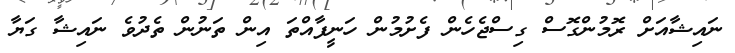
ނައިޝާއަށް ރޮމުންގޮސް ގިސްޖެހެން ފެށުމުން ހަނީފާއްތަ އިން ތަނުން ތެދުވެ ނައިޝާ ގަޔާ